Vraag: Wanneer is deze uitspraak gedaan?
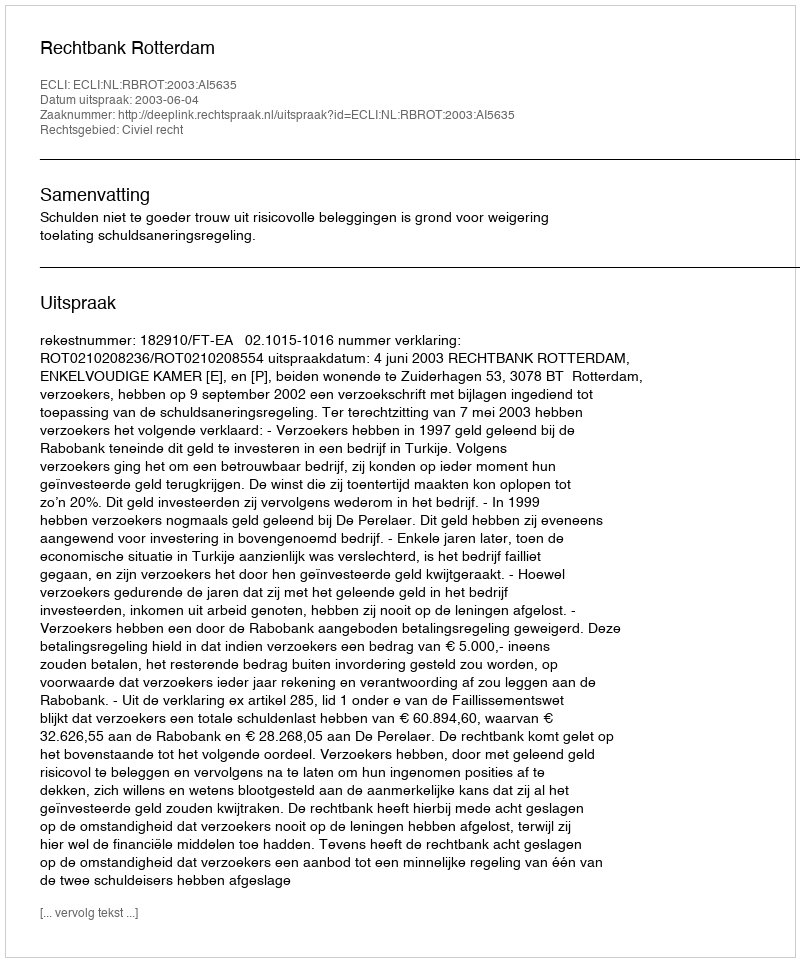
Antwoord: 2003-06-04